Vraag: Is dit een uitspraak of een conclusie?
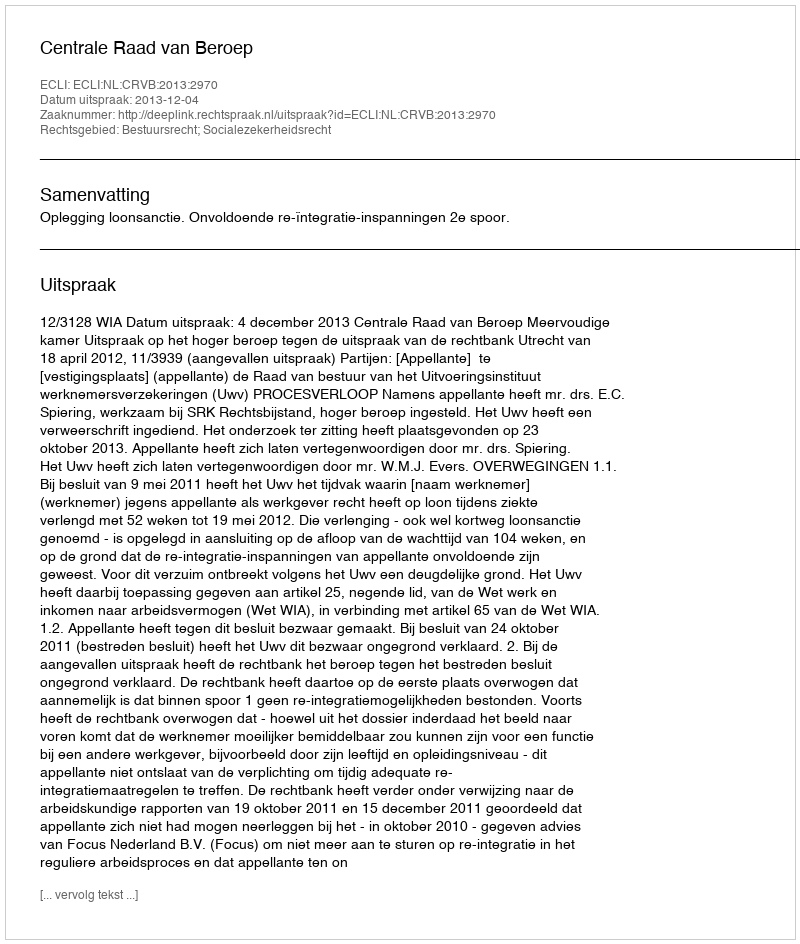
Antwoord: Uitspraak